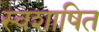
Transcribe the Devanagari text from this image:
स्वशाषित